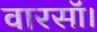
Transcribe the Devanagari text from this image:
वारसॉ।